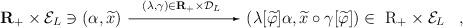
LaTeX: \begin{align*}{\bf R}_+ \times {\cal E}_L \ni (\alpha,\widetilde{x}){ \begin{picture}(90,0)(0,0) \put(5,3){\vector(1,0){80}}\put(15,10){$\scriptstyle(\lambda,\gamma) \in {\bf R}_+ \times {\cal D}_L$ }\end{picture}}(\lambda[\widetilde{\varphi}]\alpha,\widetilde{x} \circ\gamma[\widetilde{\varphi}])\in \mbox{ \boldmath R}_+ \times {\cal E}_L\;\;\;,\end{align*}